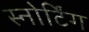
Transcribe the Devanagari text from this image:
स्नोर्टिंग